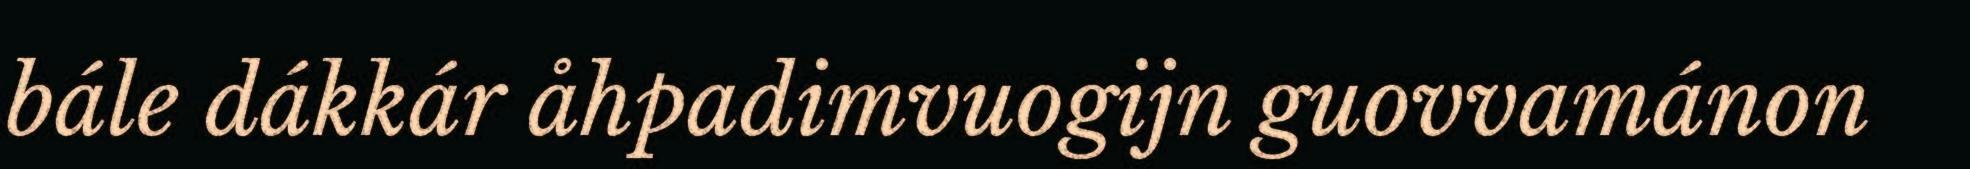
bále dákkár åhpadimvuogijn guovvamánon